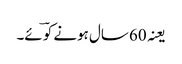
یعنہ 60 سال ہونے کو ؔئے۔